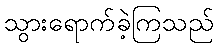
သွားရောက်ခဲ့ကြသည်